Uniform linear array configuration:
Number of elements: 12
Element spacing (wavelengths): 1
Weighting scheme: kaiser
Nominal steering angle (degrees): -30
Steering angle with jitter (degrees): -30.911
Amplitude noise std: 0.05
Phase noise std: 0.05

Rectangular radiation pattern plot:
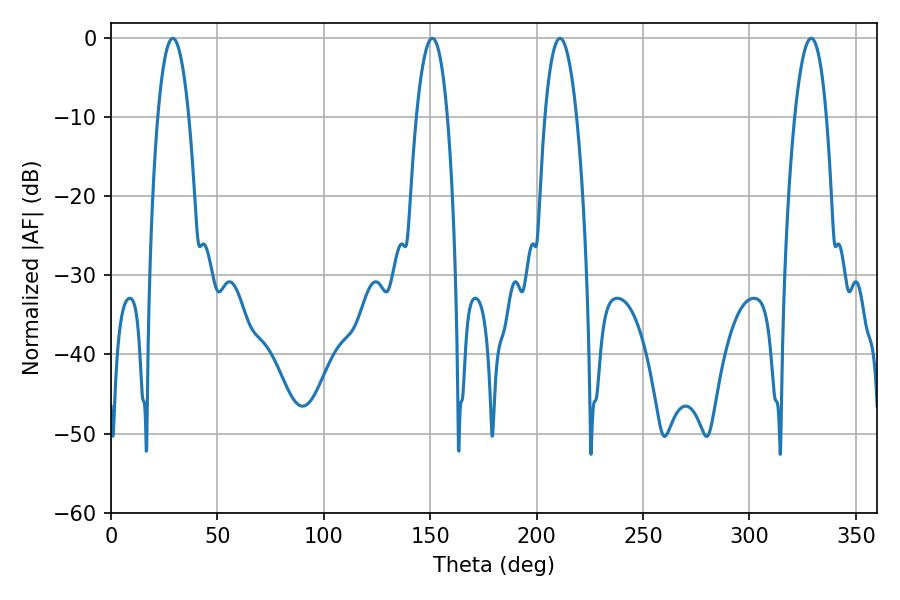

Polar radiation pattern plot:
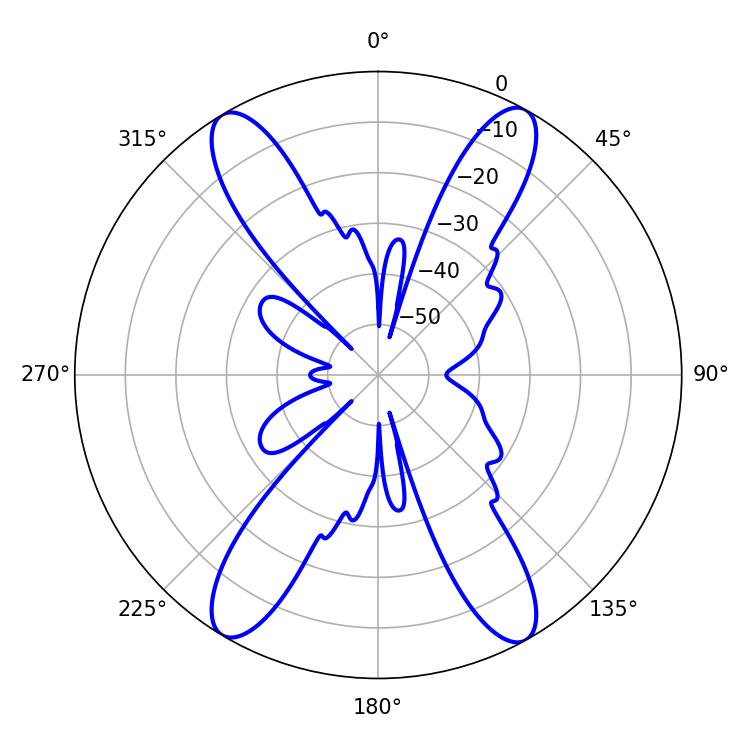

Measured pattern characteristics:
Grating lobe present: TRUE
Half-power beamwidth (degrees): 8.28
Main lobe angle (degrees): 210.96